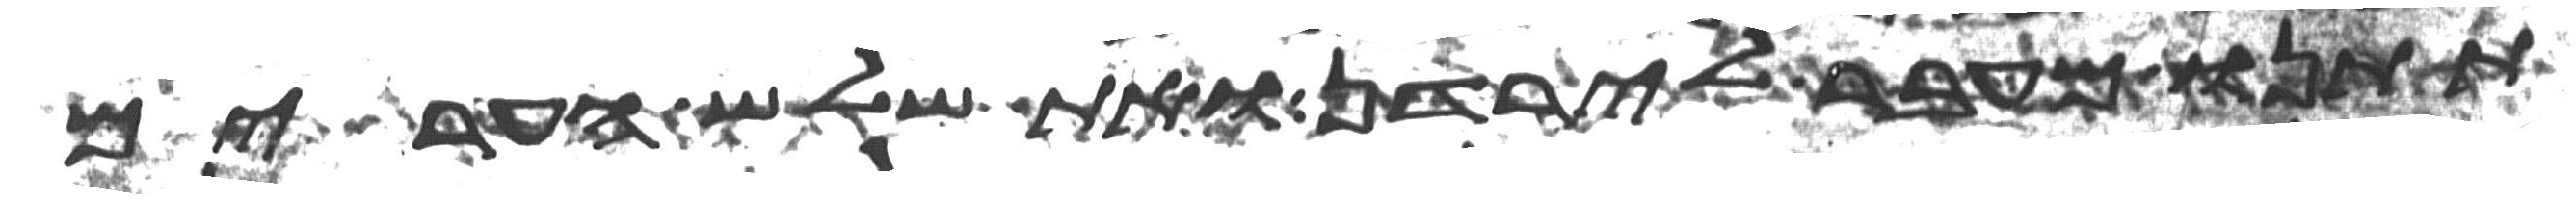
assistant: תתנו מעבר לירדן ואת שלש הערים